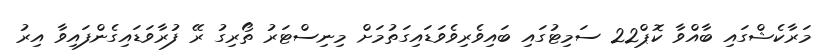
މަރާކެޝްގައި ބާއްވާ ކޮޕް22 ސަމިޓުގައި ބައިވެރިވެވަޑައިގަތުމަށް މިނިސްޓަރު ތޯރިގު ރޭ ފުރާވަޑައިގެންފައިވާ އިރު